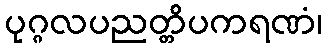
ပုဂ္ဂလပညတ္တိပကရဏံ၊